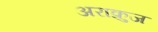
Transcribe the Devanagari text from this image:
अराक्रुज